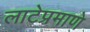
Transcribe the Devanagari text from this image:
लाटेप्रमाणे